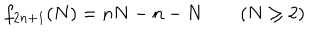
f _ { 2 n + 1 } ( N ) = n N - n - N \qquad ( N \geq 2 )